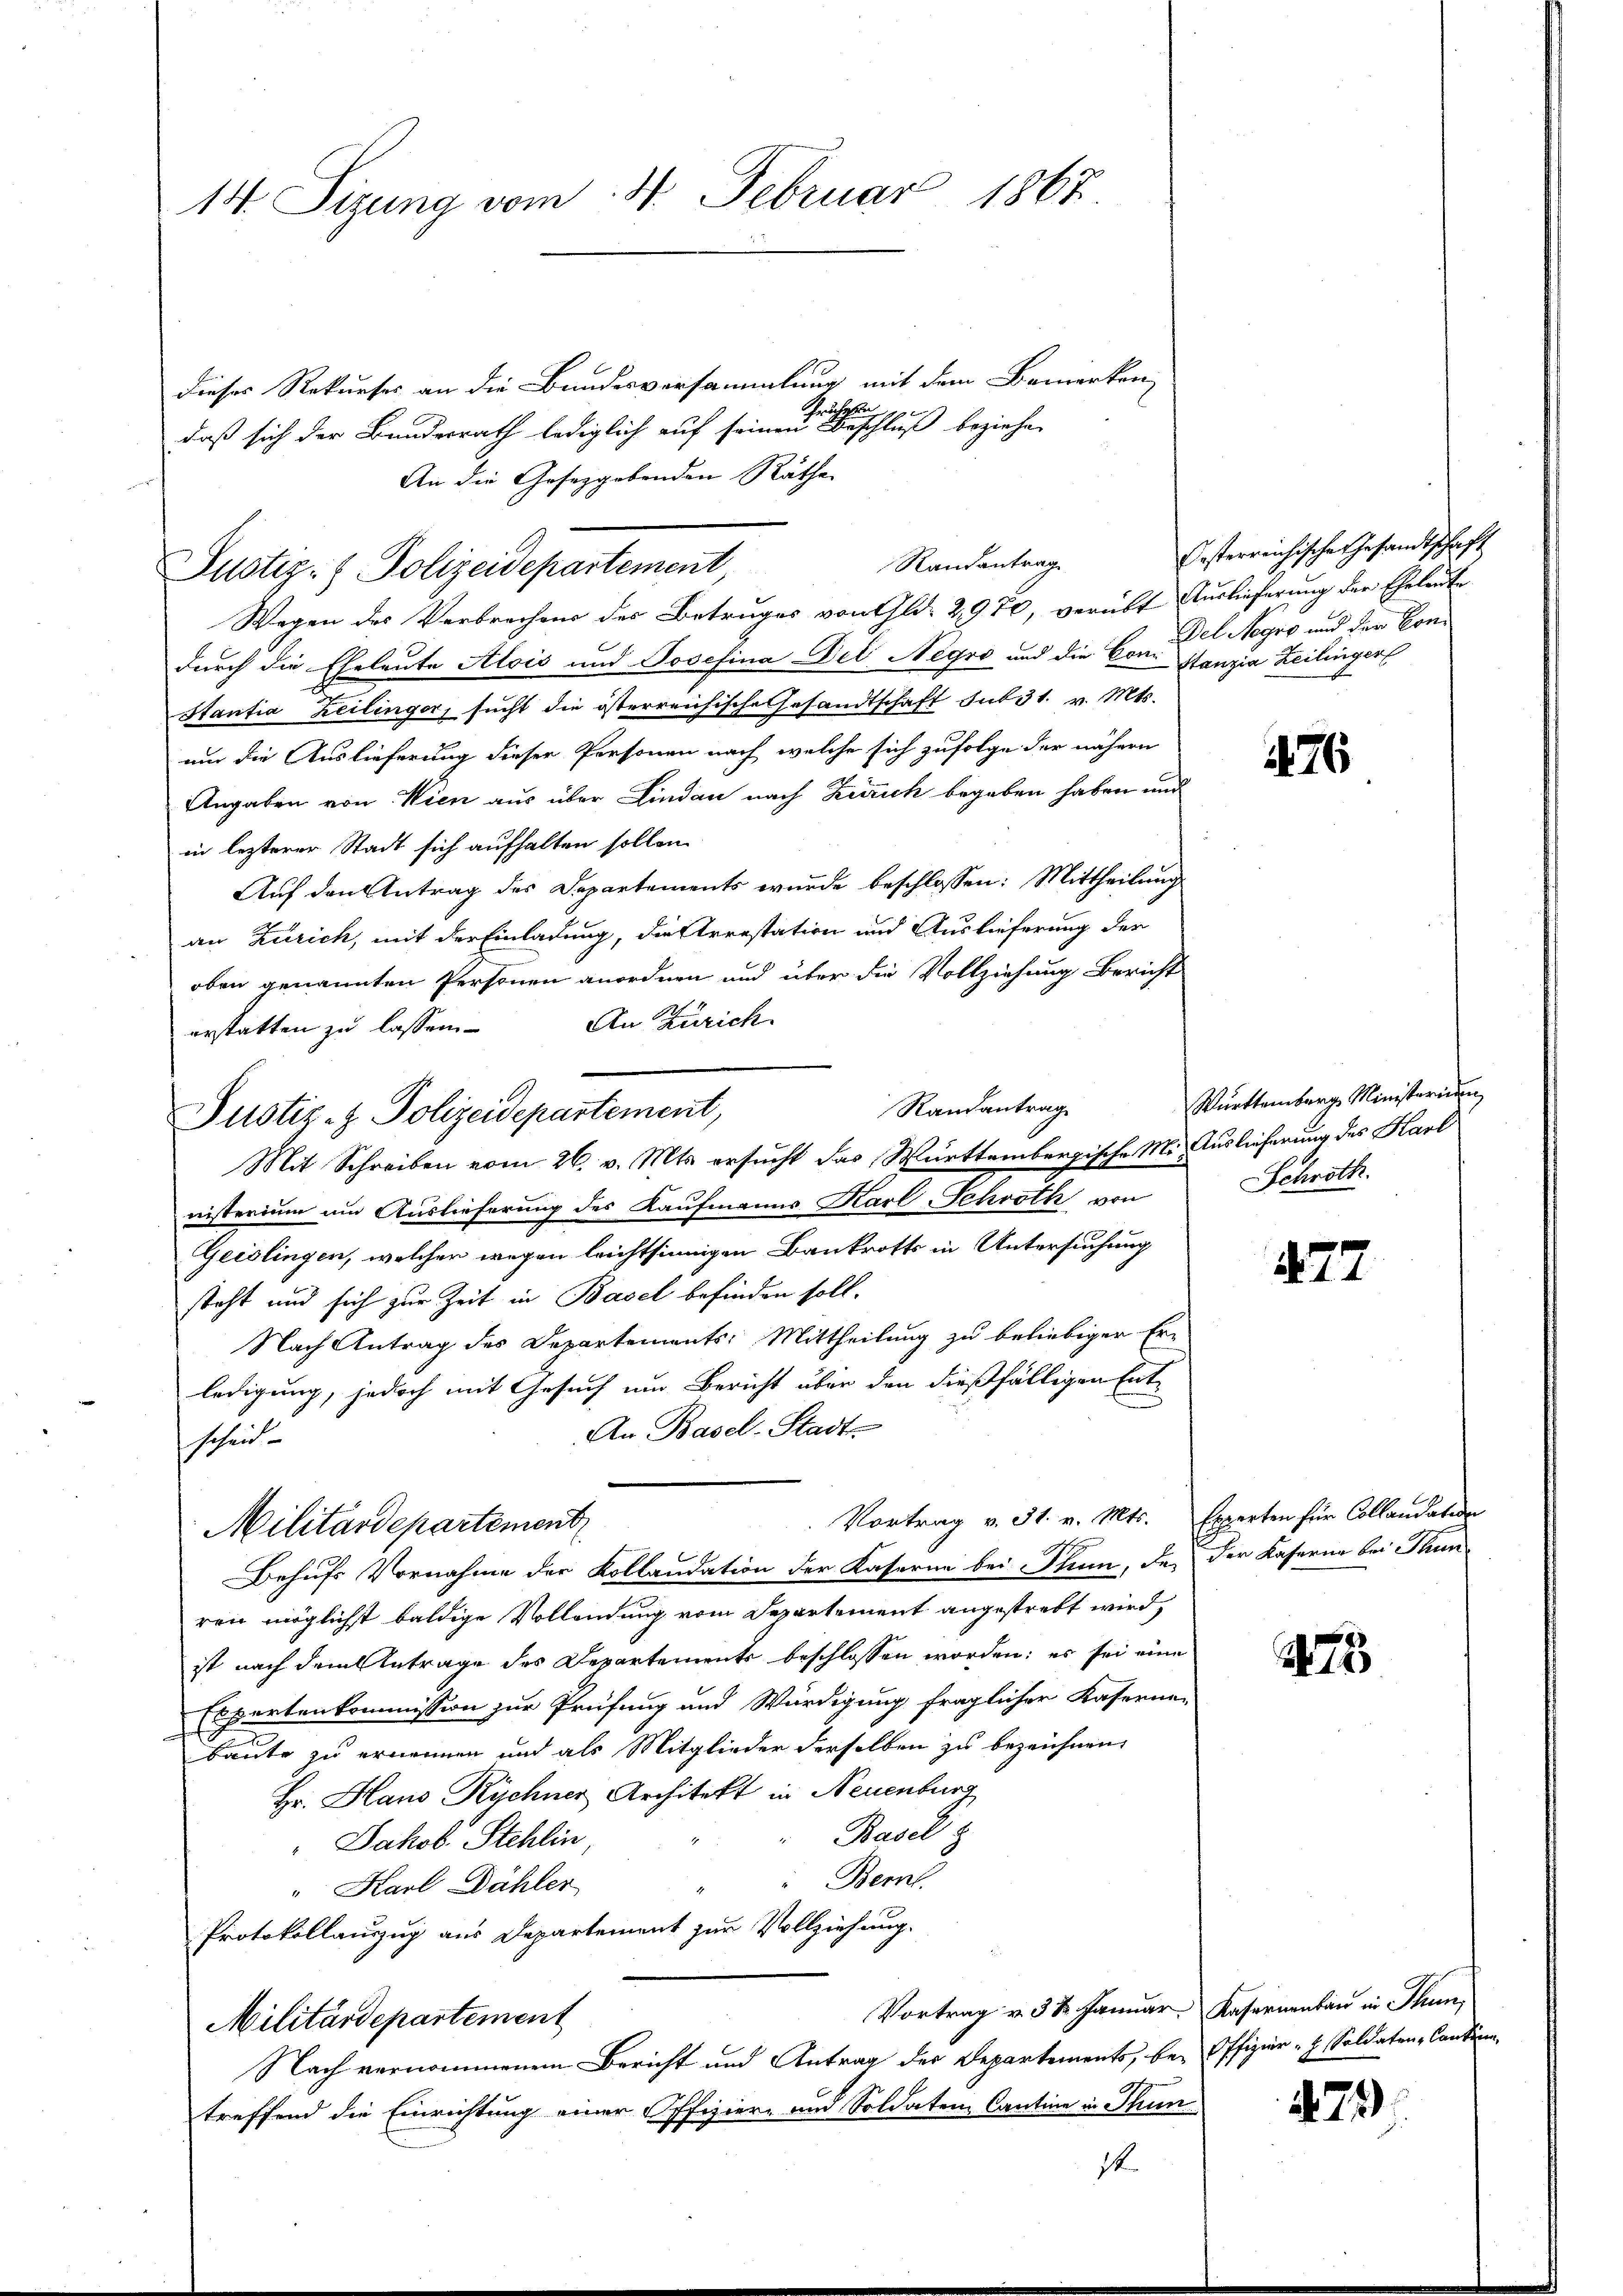
14. Sizung vom 4. Februar 1867.

dieses Rekurses an die Bundesversammlung mit dem Bemerken,
fruhrs 1792
daß sich der Bundesrath lediglich auf seinen Beschluß beziehen
An die Gesetzgebenden Räthe

Randantrag
Justiz- & Polizeidepartement,

Wegen des Verbrechens des Betruges von Gld. 2970, verübt Auslieferung der Eheleute
durch die Eheleute Alois und Josefina Del Negro und die Constanzia Zeilinger
Stantia zeilinger, sucht die österreichische Gesandtschaft sub 31. v. Mts.
um die Auslieferung dieser Personen nach welche sich zufolge der nähern
Angaben von Wien aus über Lindau nach Zürich begeben haben und
in lezterer Stadt sich aufhalten sollen.
Auf den Antrag des Departements wurde beschlossen: Mittheilung
an Zürich, mit der Einladung, die Arrestation und Auslieferung der
oben genannten Personen anordnen und über die Vollziehung Bericht
erstatten zu lassen. An Zürich
Randantrage
Mit Schreiben vom 26. v. Mts. ersucht das Württembergische Mit Auslieferung des Karl
nisterium um Auslieferung des Kaufmanns Karl Schroth von
Geislingen, welcher wegen leichtsinnigen Bankrotts in Untersuchung
steht und sich zur Zeit in Basel befinden soll.
Nach Antrag des Departements: Mittheilung zu beliebiger Er-
ledigung, jedoch mit Gesuch um Bericht über den dießfälligen Ent¬
An Basel-Stadt-
scheint
Vortrag v. 31. v. Mts. Experten für Collandation
Militärdepartement
Behufs Vornahme der Kollaudation der Kaserne bei Stum, den der Kaserne bei Thunren möglichst baldige Vollendung vom Departement angestrebt wird,
ist nach dem Antrage des Departements beschlossen worden; es sei eine
Expertenkommission zur Prüfung und Würdigung fraglicher Kaserne-
Baute zu ernennen und als Mitglieder derselben zu bezeichnen,
Hr. Haus Kichner Architekt in Neuenburg
Basel z
" Jakob Stehlin,
Berl
" Karl Dähler
Protokollauszug aus Departement zur Vollziehung.
Vortrag v. 31. Januar. Kasernenbau in Thun,
Militärdepartement
Nach vernommenem Bericht und Antrag der Departements, bei Offizier - . Soldaten Cantona
treffend die Einrichtung einer Offizier- und Soldaten Cantone in Thun
1t.

Justiz- & Polizeidepartement,

Ersterreichischen Gesandtschaft
Del Negro und der Con¬

76

Württemberg Ministerium
Schrött

72

2473

72)